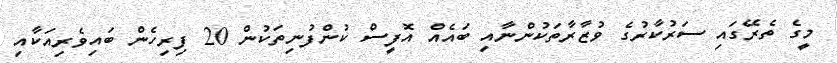
މީގެ ތެރޭގައި ސަރުކާރުގެ ވުޒާރާތަކުންނާއި ބައެއް އޮފީސް ކުންފުނިތަކުން 20 ފިރިހެން ބައިވެރިއަކާއި